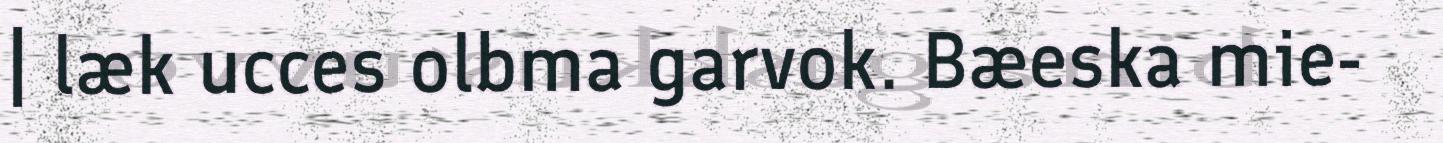
| læk ucces olbma garvok. Bæeska mie-